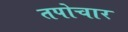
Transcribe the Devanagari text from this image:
तपोचार